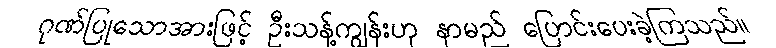
ဂုဏ်ပြုသောအားဖြင့် ဦးသန့်ကျွန်းဟု နာမည် ပြောင်းပေးခဲ့ကြသည်။